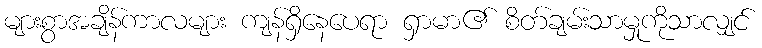
များစွာအချိန်ကာလများ ကျန်ရှိနေပေရာ ရှာမာ၏ စိတ်ချမ်းသာမှုကိုသာလျှင်